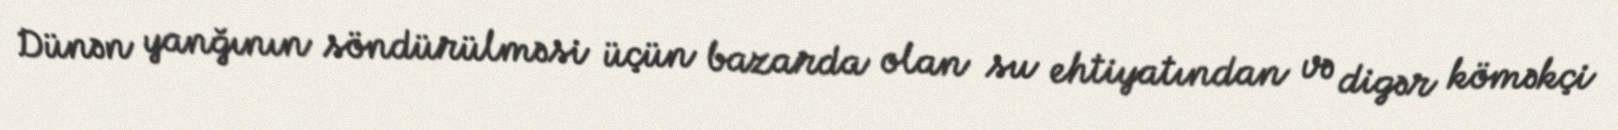
Dünən yanğının söndürülməsi üçün bazarda olan su ehtiyatından və digər köməkçi